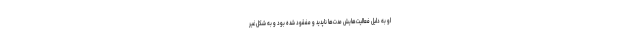
او به دلیل فعالیت‌هایش مدت‌ها ناپدید و مفقود شده بود و به شکل غیر